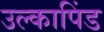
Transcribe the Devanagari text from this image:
उल्‍कापिंड